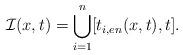
LaTeX: \begin{align*} \mathcal{I}(x,t)=\bigcup_{i=1}^{n}[t_{i,en}(x,t),t].\end{align*}